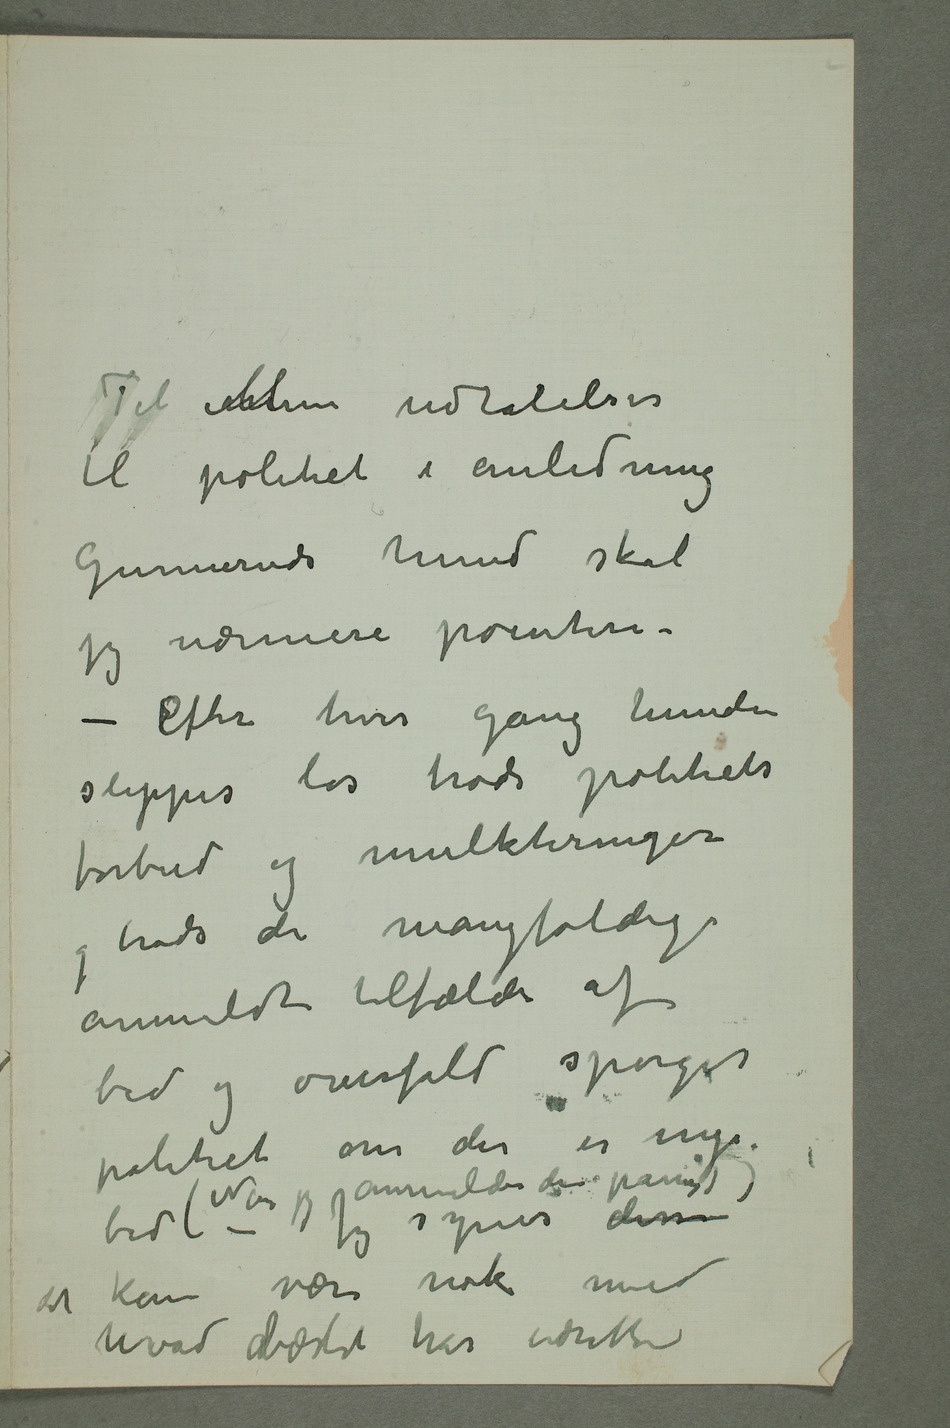
Til mMine udtalelser
til politiet i anledning
Gunneruds hund skal
jeg nærmere pointere –
– Efter hver gang hunden
slippes løs trods politiets
forbud og mulkteringer
og trods de mangfoldige
anmeldte tilfælde af
bid og overfald spørger
politiet om der er nye bid
kan være nok med
hvad bæstet har udrettet